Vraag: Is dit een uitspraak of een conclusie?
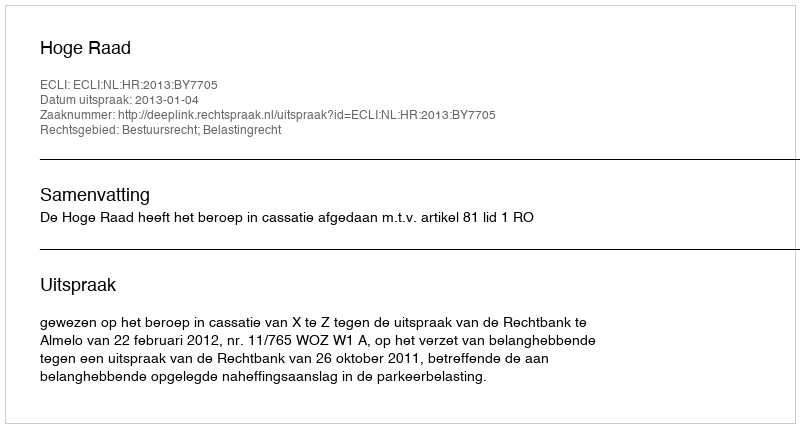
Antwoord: Uitspraak